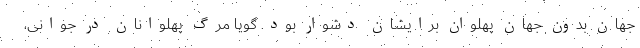
جهان بدون جهان پهلوان برایشان دشوار بود. گویا مرگ پهلوانان در جوانی،